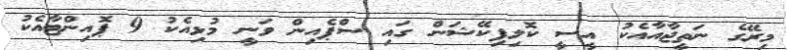
މިރޭގެ ނަތީޖާއާއެކު އީސީ ކޮލިފިކޭޝަން ގައި ސްޕެއިން ވަނީ މުޅިއެކު 9 ޕޮއިންޓާއެކު